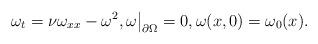
LaTeX: \begin{align*} \omega_t &= \nu\omega_{xx}-\omega^2, \omega\big|_{\partial\Omega}=0, \omega(x,0) = \omega_0(x).\end{align*}